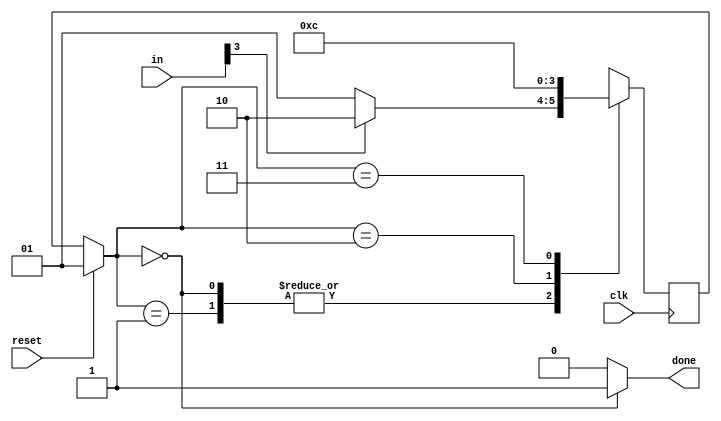
module top_module(
    input clk,
    input [7:0] in,
    input reset,    // Synchronous reset
    output done); //
    parameter s0=0, s1=1, s2=2, s3=3;
    reg [1:0] state, next;
    assign state=(reset)?s1:next;
    always@(posedge clk) begin
        case(state)
            s0:begin
                if (in[3]==1)
                    next<=s2;
                else
                    next<=s1;
            end
            s1:begin
                if (in[3]==1)
                    next<=s2;
                else
                    next<=s1;
            end
            s2:next<=s3;
            s3:next<=s0;
            default: next<=s1;
        endcase
    end
    assign done = (state==s0)?1:0;
endmodule